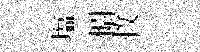
塩𢠢救